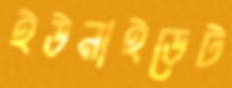
ইউনাইডেট